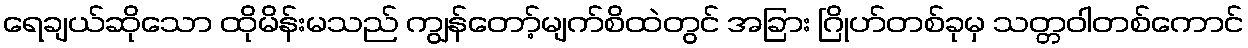
ရေချယ်ဆိုသော ထိုမိန်းမသည် ကျွန်တော့်မျက်စိထဲတွင် အခြား ဂြိုဟ်တစ်ခုမှ သတ္တဝါတစ်ကောင်